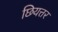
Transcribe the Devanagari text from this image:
छियत्तर